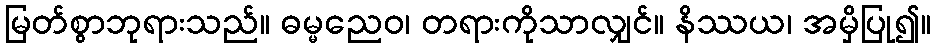
မြတ်စွာဘုရားသည်။ ဓမ္မညေဝ၊ တရားကိုသာလျှင်။ နိဿယ၊ အမှိပြု၍။